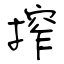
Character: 搾